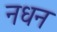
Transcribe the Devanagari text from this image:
नधन